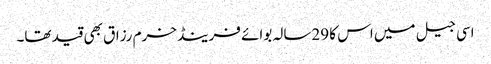
اسی جیل میں اس کا 29سالہ بوائے فرینڈ خرم رزاق بھی قید تھا۔